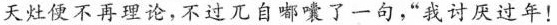
天灶便不再理论，不过儿自嘟嚷了一句，我讨厌过年!